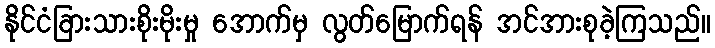
နိုင်ငံခြားသားစိုးမိုးမှု အောက်မှ လွတ်မြောက်ရန် အင်အားစုခဲ့ကြသည်။